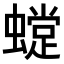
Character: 𧑽